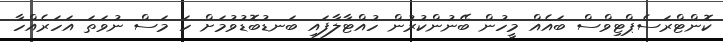
ކޮންޓްރަސެޕްޓިވްސް ބައެއް މީހުން ބޭނުންކުރުން ހުއްޓާލާފައި ބަނޑުބޮޑުވުމަށް ހަ މަސް ނުވަތަ އަހަރެއްހާ